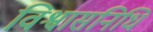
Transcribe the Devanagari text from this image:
विश्वासनिधि